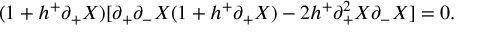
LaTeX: ( 1 + h ^ { + } \partial _ { + } X ) [ \partial _ { + } \partial _ { - } X ( 1 + h ^ { + } \partial _ { + } X ) - 2 h ^ { + } \partial _ { + } ^ { 2 } X \partial _ { - } X ] = 0 .